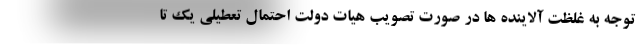
توجه به غلظت آلاینده ها در صورت تصویب هیات دولت احتمال تعطیلی یک تا